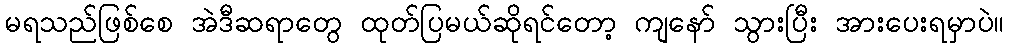
မရသည်ဖြစ်စေ အဲဒီဆရာတွေ ထုတ်ပြမယ်ဆိုရင်တော့ ကျနော် သွားပြီး အားပေးရမှာပဲ။